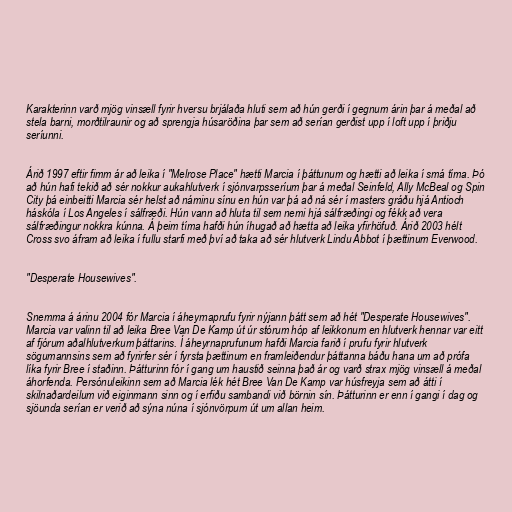
Karakterinn varð mjög vinsæll fyrir hversu brjálaða hluti sem að hún gerði í gegnum árin þar á meðal að
stela barni, morðtilraunir og að sprengja húsaröðina þar sem að serían gerðist upp í loft upp í þriðju
seríunni.

Árið 1997 eftir fimm ár að leika í "Melrose Place" hætti Marcia í þáttunum og hætti að leika í smá tíma. Þó
að hún hafi tekið að sér nokkur aukahlutverk í sjónvarpsseríum þar á meðal Seinfeld, Ally McBeal og Spin
City þá einbeitti Marcia sér helst að náminu sínu en hún var þá að ná sér í masters gráðu hjá Antioch
háskóla í Los Angeles í sálfræði. Hún vann að hluta til sem nemi hjá sálfræðingi og fékk að vera
sálfræðingur nokkra kúnna. Á þeim tíma hafði hún íhugað að hætta að leika yfirhöfuð. Árið 2003 hélt
Cross svo áfram að leika í fullu starfi með því að taka að sér hlutverk Lindu Abbot í þættinum Everwood.

"Desperate Housewives".

Snemma á árinu 2004 fór Marcia í áheyrnaprufu fyrir nýjann þátt sem að hét "Desperate Housewives".
Marcia var valinn til að leika Bree Van De Kamp út úr stórum hóp af leikkonum en hlutverk hennar var eitt
af fjórum aðalhlutverkum þáttarins. Í áheyrnaprufunum hafði Marcia farið í prufu fyrir hlutverk
sögumannsins sem að fyrirfer sér í fyrsta þættinum en framleiðendur þáttanna báðu hana um að prófa
líka fyrir Bree í staðinn. Þátturinn fór í gang um haustið seinna það ár og varð strax mjög vinsæll á meðal
áhorfenda. Persónuleikinn sem að Marcia lék hét Bree Van De Kamp var húsfreyja sem að átti í
skilnaðardeilum við eiginmann sinn og í erfiðu sambandi við börnin sín. Þátturinn er enn í gangi í dag og
sjöunda serían er verið að sýna núna í sjónvörpum út um allan heim.